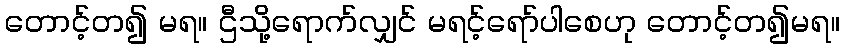
တောင့်တ၍ မရ။ ဌီသို့ရောက်လျှင် မရင့်ရော်ပါစေဟု တောင့်တ၍မရ။